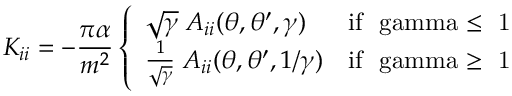
K _ { i i } = - \frac { \pi \alpha } { m ^ { 2 } } \left\{ \begin{array} { l l } { { \sqrt { \gamma } \; A _ { i i } ( \theta , \theta ^ { \prime } , \gamma ) } } & { { \mathrm { i f ~ \ g a m m a \leq ~ 1 ~ } } } \\ { { { \frac { 1 } { \sqrt \gamma } } \; A _ { i i } ( \theta , \theta ^ { \prime } , 1 / \gamma ) } } & { { \mathrm { i f ~ \ g a m m a \geq ~ 1 ~ } } } \end{array} \right.